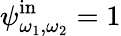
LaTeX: \psi_{\omega_{1},\omega_{2}}^{\mathrm{in}}=1